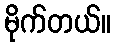
မိုက်တယ်။